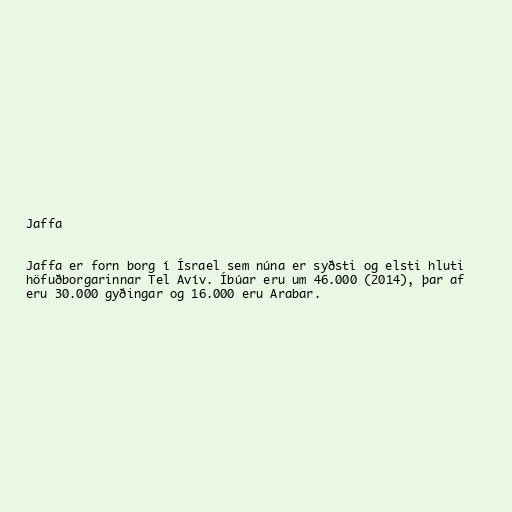
Jaffa

Jaffa er forn borg í Ísrael sem núna er syðsti og elsti hluti
höfuðborgarinnar Tel Avív. Íbúar eru um 46.000 (2014), þar af
eru 30.000 gyðingar og 16.000 eru Arabar.